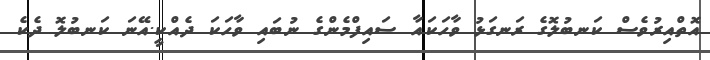
އޮތްއިރުވެސް ކަނބުލޮގެ ރަނގަޅު ވާހަކައާ ސައިފްމެންގެ ނުބައި ވާހަކަ ދެއްކީ.އޭނަ ކަނބުލޮ ދެކެ